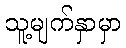
သူ့မျက်နှာမှာ